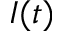
I ( t )